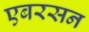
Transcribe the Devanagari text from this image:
एबरसन